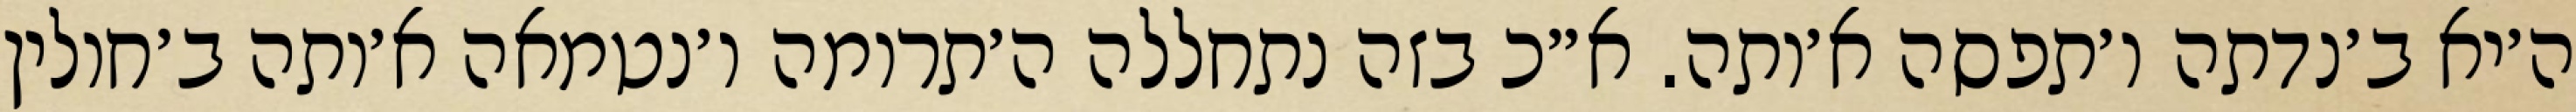
ה׳יא ב׳נדתה ו׳תפסה א׳ותה. א״כ בזה נתחללה ה׳תרומה ו׳נטמאה א׳ותה ב׳חולין